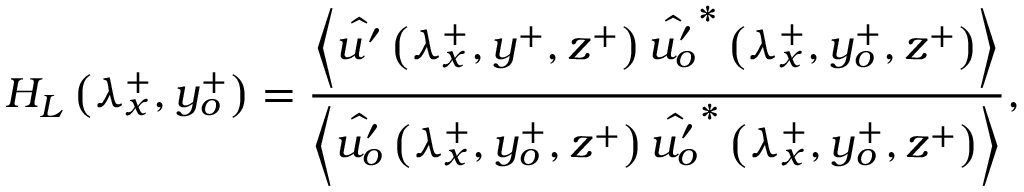
H _ { L } \left( \lambda _ { x } ^ { + } , y _ { o } ^ { + } \right) = \frac { \left\langle \hat { u ^ { \prime } } \left( \lambda _ { x } ^ { + } , y ^ { + } , z ^ { + } \right) \hat { u _ { o } ^ { \prime } } ^ { * } \left( \lambda _ { x } ^ { + } , y _ { o } ^ { + } , z ^ { + } \right) \right\rangle } { \left\langle \hat { u _ { o } ^ { \prime } } \left( \lambda _ { x } ^ { + } , y _ { o } ^ { + } , z ^ { + } \right) \hat { u _ { o } ^ { \prime } } ^ { * } \left( \lambda _ { x } ^ { + } , y _ { o } ^ { + } , z ^ { + } \right) \right\rangle } ,